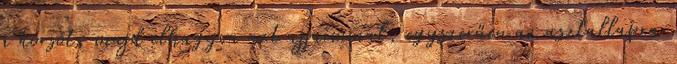
a korsót, majd elhagyva azt ujjaimmal, egyszerűen az asztallapra